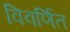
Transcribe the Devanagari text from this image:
विवर्णित